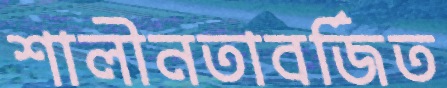
শালীনতাবর্জিত